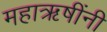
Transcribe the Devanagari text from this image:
महाऋषींनी